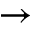
\to